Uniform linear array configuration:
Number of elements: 12
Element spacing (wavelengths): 0.25
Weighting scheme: binomial
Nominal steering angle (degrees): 60
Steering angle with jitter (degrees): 59.376
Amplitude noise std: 0.05
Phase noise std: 0.05

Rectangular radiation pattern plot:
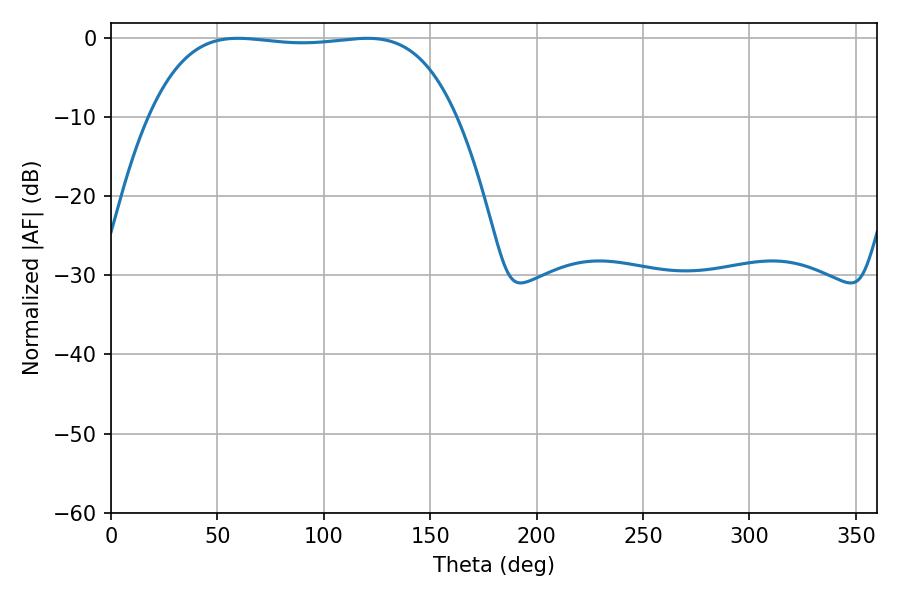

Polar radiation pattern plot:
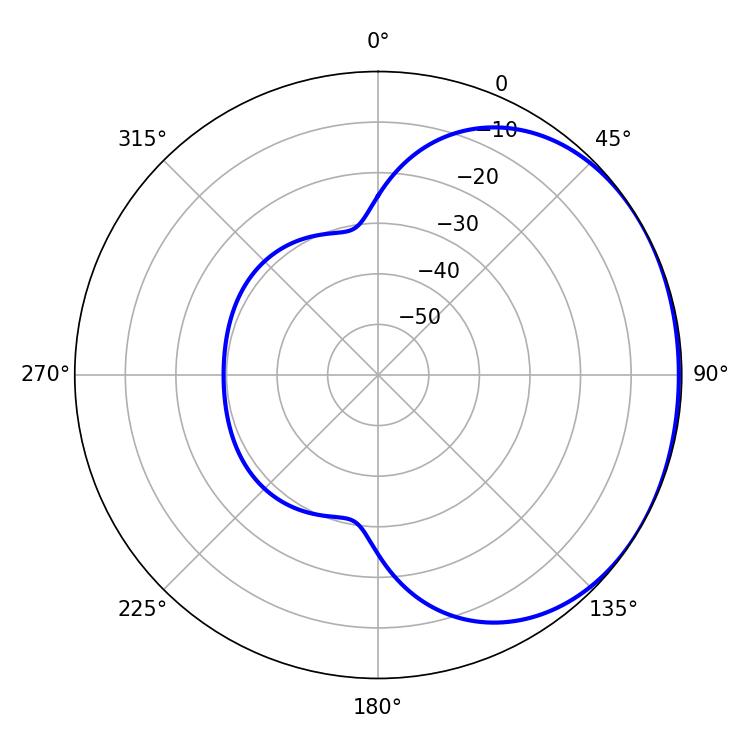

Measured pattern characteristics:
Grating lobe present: FALSE
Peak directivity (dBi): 1.033
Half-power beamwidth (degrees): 113.4
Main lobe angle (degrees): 59.58